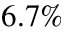
6 . 7 \%